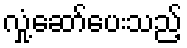
လှုံ့ဆော်ပေးသည့်